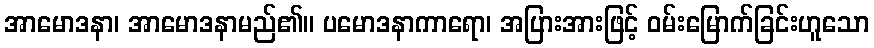
အာမောဒနာ၊ အာမောဒနာမည်၏။ ပမောဒနာကာရော၊ အပြားအားဖြင့် ဝမ်းမြောက်ခြင်းဟူသော